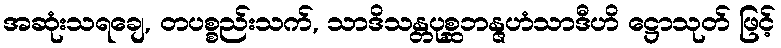
အဆုံးသရချေ, တပစ္စည်းသက်, သာဒိသန္တပုစ္ဆဘန္ဇဟံသာဒီဟိ ဋ္ဌောသုတ် ဖြင့်